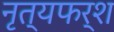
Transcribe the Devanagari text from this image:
नृत्यफर्श